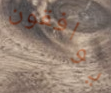
يوافقون